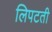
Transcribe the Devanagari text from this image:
लिपटती